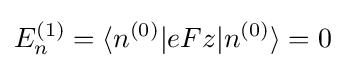
E_{n}^{(1)}=\langle n^{(0)}|eFz|n^{(0)}\rangle =0